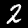
Digit: 2